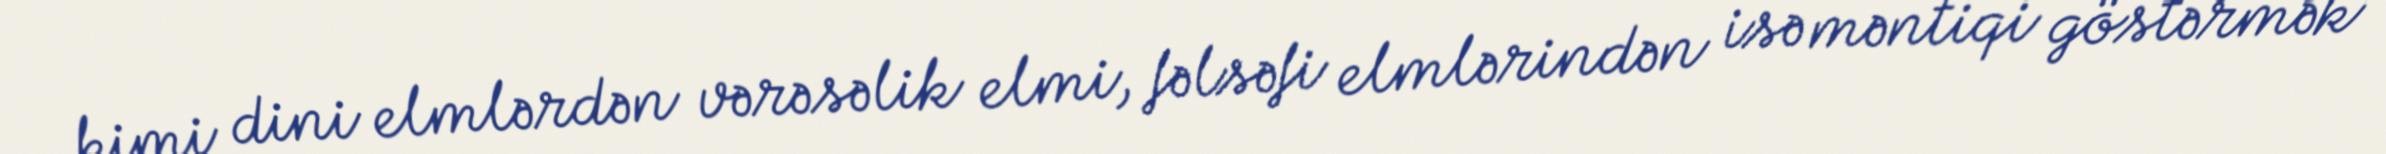
kimi dini elmlərdən vərəsəlik elmi, fəlsəfi elmlərindən isə məntiqi göstərmək